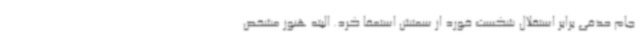
جام حذفی برابر استقلال شکست خورد از سمتش استعفا کرد. البته هنوز مشخص